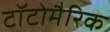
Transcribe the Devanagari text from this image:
टॉटोमैरिक